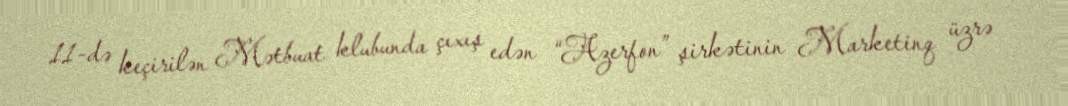
11-də keçirilən Mətbuat klubunda çıxış edən “Azerfon” şirkətinin Marketinq üzrə